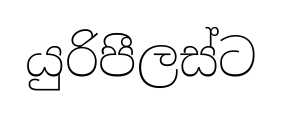
යුරිපීලස්ට